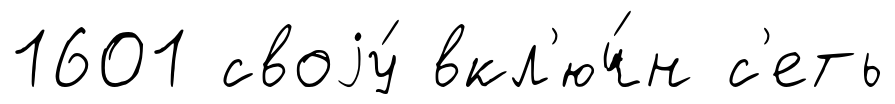
1601 своjу́ вкл'юч́н с'еть